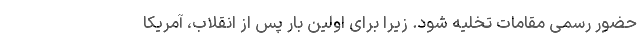
حضور رسمی مقامات تخلیه شود. زیرا برای اولین بار پس از انقلاب، آمریکا